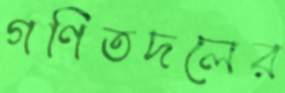
গণিতদলের